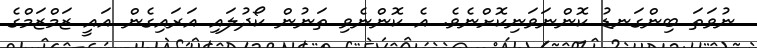
ނުވަތަ ބިންގަނޑު ކޮންނަވަނިކޮށްނެވެ. އެ ކޮންނެވި ތަނުން ކޯދުލައި އަރައިގެން އައީ ޒަމްޒަމްގެ